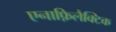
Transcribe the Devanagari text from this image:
एनाफ़िलैक्टिक